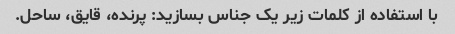
با استفاده از کلمات زیر یک جناس بسازید: پرنده، قایق، ساحل.